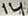
Text: 14